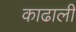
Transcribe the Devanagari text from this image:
काढाली